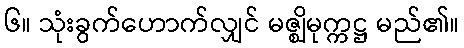
၆။ သုံးခွက်ဟောက်လျှင် မဇ္ဈိမုက္ကဋ္ဌ မည်၏။